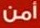
أمن